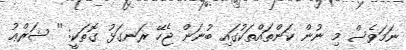
ނަމަވެސް މި ނުން ކަންތައްތަކުގައި ބުނަން ޖެހޭ ރަނގަޅު ގޮތަކީ: '' ޝަރްޢު